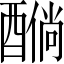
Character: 𲆸